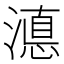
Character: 𭲚